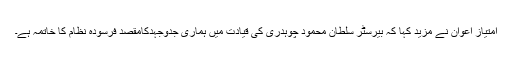
امتیاز اعوان نے مزید کہا کہ بیرسٹر سلطان محمود چوہدری کی قیادت میں ہماری جدوجہدکامقصد فرسودہ نظام کا خاتمہ ہے۔